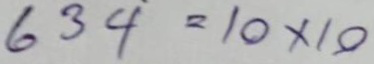
634 = 10 x 10